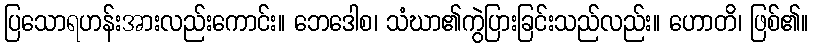
ပြသောရဟန်းအားလည်းကောင်း။ ဘေဒေါစ၊ သံဃာ၏ကွဲပြားခြင်းသည်လည်း။ ဟောတိ၊ ဖြစ်၏။